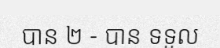
បាន ២ - បាន ទទួល